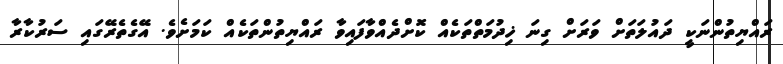
ރައްޔިތުންނަކީ ދައުލަތަށް ވަރަށް ގިނަ ޚިދުމަތްތަކެއް ކޮށްދެއްވާފައިވާ ރައްޔިތުންތަކެއް ކަމަށެވެ. އޭގެތެރޭގައި ސަރުކާރާ